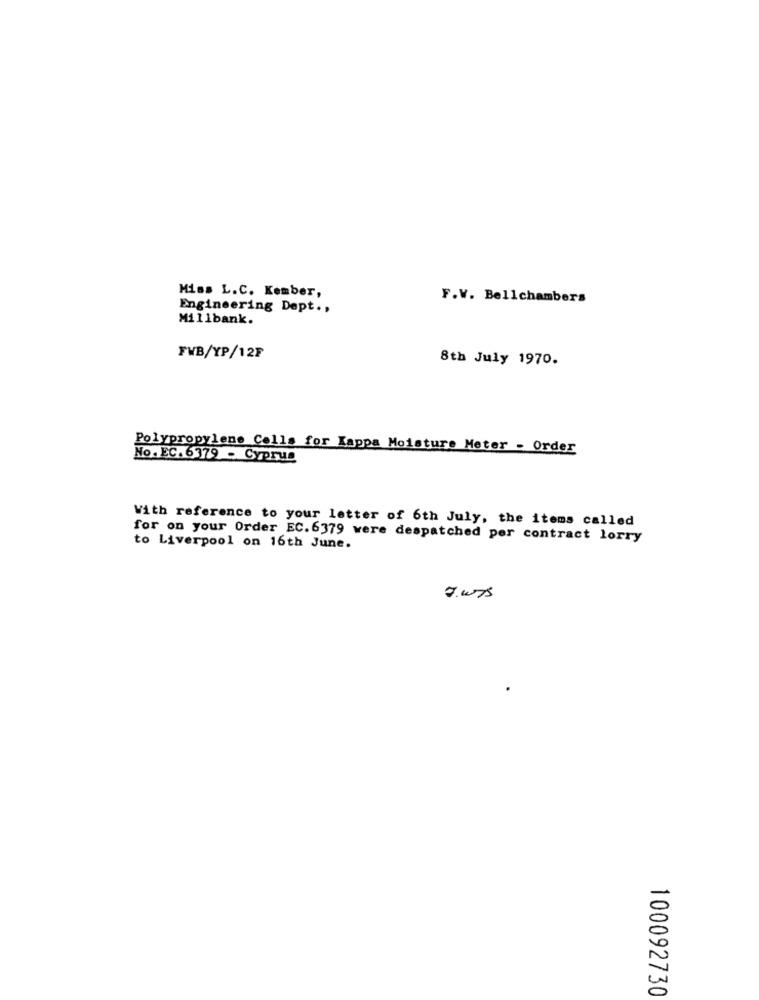
Miss L.C. Kember,
F.V. Bellchambers
Engineering Dept .,
Millbank.
FWB/YP/12F
8th July 1970.
Polypropylene Calls for Kappa Moisture Meter - Order
No. EC. 6379 - Cyprus
With reference to your letter of 6th July, the items called
for on your Order EC. 6379 were despatched per contract lorry
to Liverpool on 16th June.
J.WTs
100092730